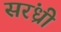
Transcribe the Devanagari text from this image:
सरंध्री